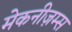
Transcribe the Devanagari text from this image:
मेकनीज़म्स